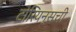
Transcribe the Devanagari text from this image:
टोरियन्सची